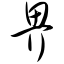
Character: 畀